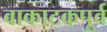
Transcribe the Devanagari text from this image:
वाकाटकपूर्व